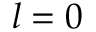
l = 0